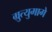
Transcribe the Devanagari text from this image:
म्रुत्युमागे